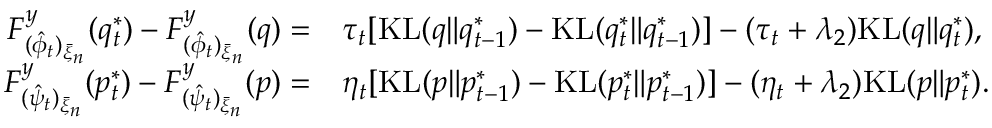
\begin{array} { r l } { F _ { ( \hat { \phi } _ { t } ) _ { \bar { \xi } _ { n } } } ^ { y } ( q _ { t } ^ { * } ) - F _ { ( \hat { \phi } _ { t } ) _ { \bar { \xi } _ { n } } } ^ { y } ( q ) = } & { \tau _ { t } [ \mathrm { K L } ( q \| q _ { t - 1 } ^ { * } ) - \mathrm { K L } ( q _ { t } ^ { * } \| q _ { t - 1 } ^ { * } ) ] - ( \tau _ { t } + \lambda _ { 2 } ) \mathrm { K L } ( q \| q _ { t } ^ { * } ) , } \\ { F _ { ( \hat { \psi } _ { t } ) _ { \bar { \xi } _ { n } } } ^ { y } ( p _ { t } ^ { * } ) - F _ { ( \hat { \psi } _ { t } ) _ { \bar { \xi } _ { n } } } ^ { y } ( p ) = } & { \eta _ { t } [ \mathrm { K L } ( p \| p _ { t - 1 } ^ { * } ) - \mathrm { K L } ( p _ { t } ^ { * } \| p _ { t - 1 } ^ { * } ) ] - ( \eta _ { t } + \lambda _ { 2 } ) \mathrm { K L } ( p \| p _ { t } ^ { * } ) . } \end{array}